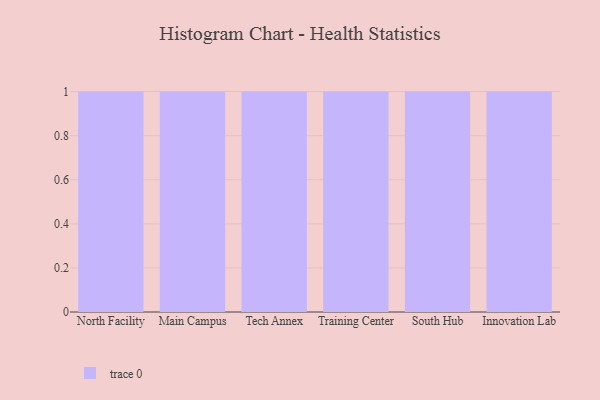
{"axis": {"x": "Campus", "y": "Operating Costs (USD K)"}, "legend": [""], "data": [{"x": "North Facility", "y": 1, "type": ""}, {"x": "Main Campus", "y": 16, "type": ""}, {"x": "Tech Annex", "y": 60, "type": ""}, {"x": "Training Center", "y": 94, "type": ""}, {"x": "South Hub", "y": 41, "type": ""}, {"x": "Innovation Lab", "y": 69, "type": ""}]}